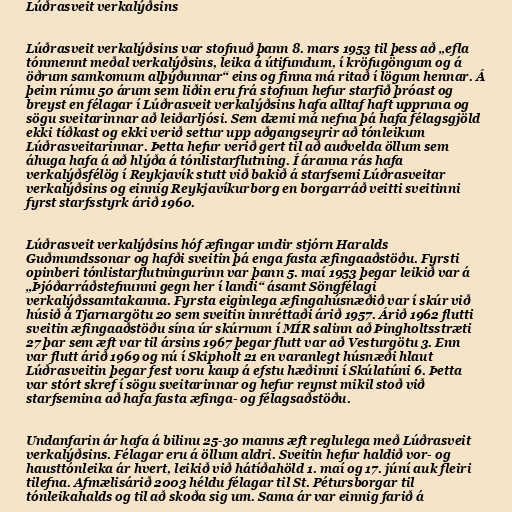
Lúðrasveit verkalýðsins

Lúðrasveit verkalýðsins var stofnuð þann 8. mars 1953 til þess að „efla
tónmennt meðal verkalýðsins, leika á útifundum, í kröfugöngum og á
öðrum samkomum alþýðunnar“ eins og finna má ritað í lögum hennar. Á
þeim rúmu 50 árum sem liðin eru frá stofnun hefur starfið þróast og
breyst en félagar í Lúðrasveit verkalýðsins hafa alltaf haft uppruna og
sögu sveitarinnar að leiðarljósi. Sem dæmi má nefna þá hafa félagsgjöld
ekki tíðkast og ekki verið settur upp aðgangseyrir að tónleikum
Lúðrasveitarinnar. Þetta hefur verið gert til að auðvelda öllum sem
áhuga hafa á að hlýða á tónlistarflutning. Í áranna rás hafa
verkalýðsfélög í Reykjavík stutt við bakið á starfsemi Lúðrasveitar
verkalýðsins og einnig Reykjavíkurborg en borgarráð veitti sveitinni
fyrst starfsstyrk árið 1960.

Lúðrasveit verkalýðsins hóf æfingar undir stjórn Haralds
Guðmundssonar og hafði sveitin þá enga fasta æfingaaðstöðu. Fyrsti
opinberi tónlistarflutningurinn var þann 5. maí 1953 þegar leikið var á
„Þjóðarráðstefnunni gegn her í landi“ ásamt Söngfélagi
verkalýðssamtakanna. Fyrsta eiginlega æfingahúsnæðið var í skúr við
húsið á Tjarnargötu 20 sem sveitin innréttaði árið 1957. Árið 1962 flutti
sveitin æfingaaðstöðu sína úr skúrnum í MÍR salinn að Þingholtsstræti
27 þar sem æft var til ársins 1967 þegar flutt var að Vesturgötu 3. Enn
var flutt árið 1969 og nú í Skipholt 21 en varanlegt húsnæði hlaut
Lúðrasveitin þegar fest voru kaup á efstu hæðinni í Skúlatúni 6. Þetta
var stórt skref í sögu sveitarinnar og hefur reynst mikil stoð við
starfsemina að hafa fasta æfinga- og félagsaðstöðu.

Undanfarin ár hafa á bilinu 25-30 manns æft reglulega með Lúðrasveit
verkalýðsins. Félagar eru á öllum aldri. Sveitin hefur haldið vor- og
hausttónleika ár hvert, leikið við hátíðahöld 1. maí og 17. júní auk fleiri
tilefna. Afmælisárið 2003 héldu félagar til St. Pétursborgar til
tónleikahalds og til að skoða sig um. Sama ár var einnig farið á